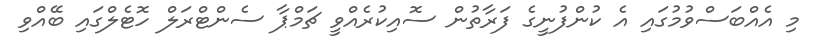
މި އެއްބަސްވުމުގައި އެ ކުންފުނީގެ ފަރާތުން ސޮއިކުރެއްވީ ޗަމްޕާ ސެންޓްރަލް ހޮޓެލްގައި ބޭއްވި